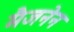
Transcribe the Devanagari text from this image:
मैजनेन